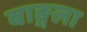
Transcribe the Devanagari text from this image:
बाङ्गला